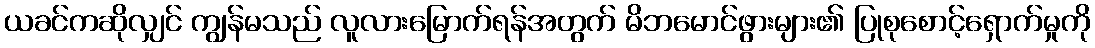
ယခင်ကဆိုလျှင် ကျွန်မသည် လူလားမြောက်ရန်အတွက် မိဘမောင်ဖွားများ၏ ပြုစုစောင့်ရှောက်မှုကို